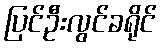
ပြင်ဦးလွင်ခရိုင်